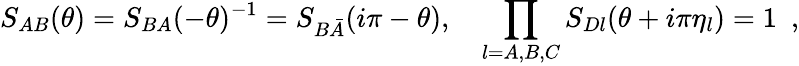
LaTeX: S_{AB}(\theta)=S_{BA}(-\theta)^{-1}=S_{B\bar{A}}(i\pi-\theta),\quad\prod_{l=A,B,C}S_{Dl}(\theta+i\pi\eta_{l})=1\, \, \, ,